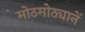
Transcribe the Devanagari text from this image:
मोठमोठ्यानें